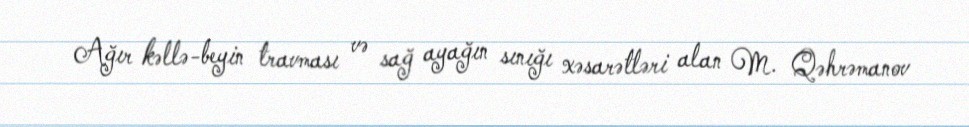
Ağır kəllə-beyin travması və sağ ayağın sınığı xəsarətləri alan M. Qəhrəmanov